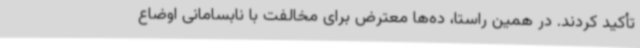
تأکید کردند. در همین راستا، ده‌ها معترض برای مخالفت با نابسامانی اوضاع